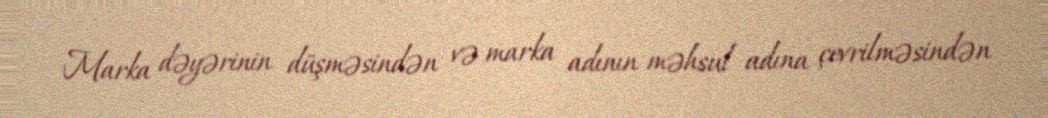
Marka dəyərinin düşməsindən və marka adının məhsul adına çevrilməsindən